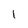
Character: 1